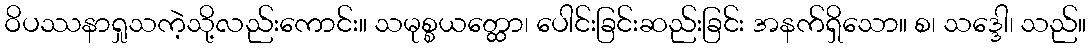
ဝိပဿနာရှုသကဲ့သို့လည်းကောင်း။ သမုစ္စယတ္ထော၊ ပေါင်းခြင်းဆည်းခြင်း အနက်ရှိသော။ စ၊ သဒ္ဒေါ၊ သည်။